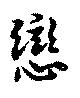
恋